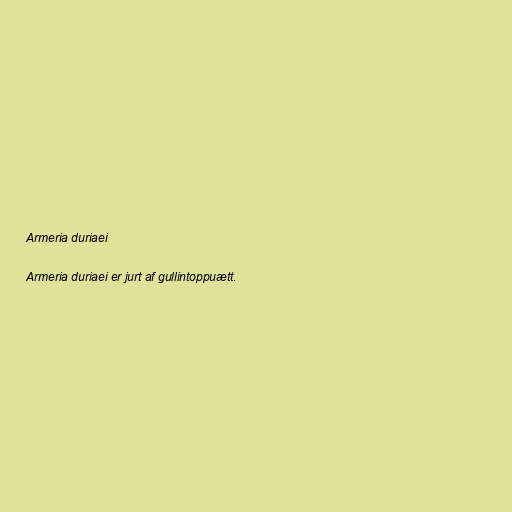
Armeria duriaei

Armeria duriaei er jurt af gullintoppuætt.